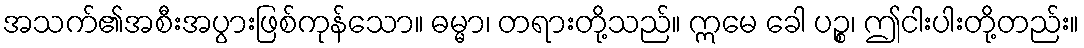
အသက်၏အစီးအပွားဖြစ်ကုန်သော။ ဓမ္မာ၊ တရားတို့သည်။ ဣမေ ခေါ ပဉ္စ၊ ဤငါးပါးတို့တည်း။